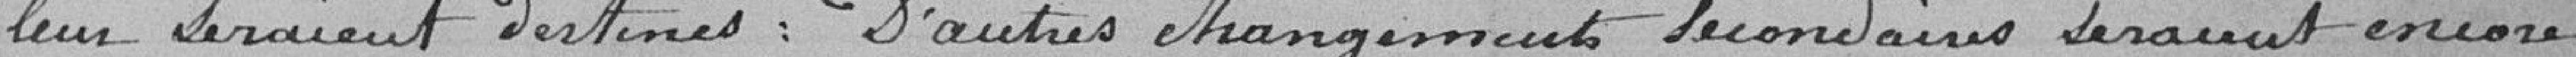
leur seraient destinés : d'autres changements secondaires seraient encore